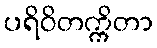
ပရိဝိတက္ကိတာ